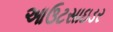
આઉટસાઇડર